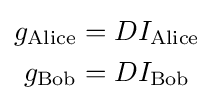
{\begin{aligned}g_{\mathrm {Alice} }&=DI_{\mathrm {Alice} }\\g_{\mathrm {Bob} }&=DI_{\mathrm {Bob} }\end{aligned}}